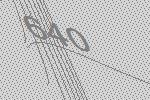
640